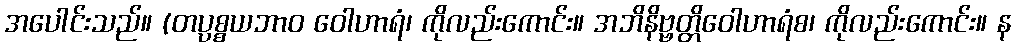
အပေါင်းသည်။ (တပ္ပစ္စယဘာဝ ဝေါဟာရံ၊ ကိုလည်းကောင်း။ အဘိနိဗ္ဗတ္တိဝေါဟာရံစ၊ ကိုလည်းကောင်း။ န